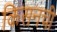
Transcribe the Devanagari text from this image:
किसनची